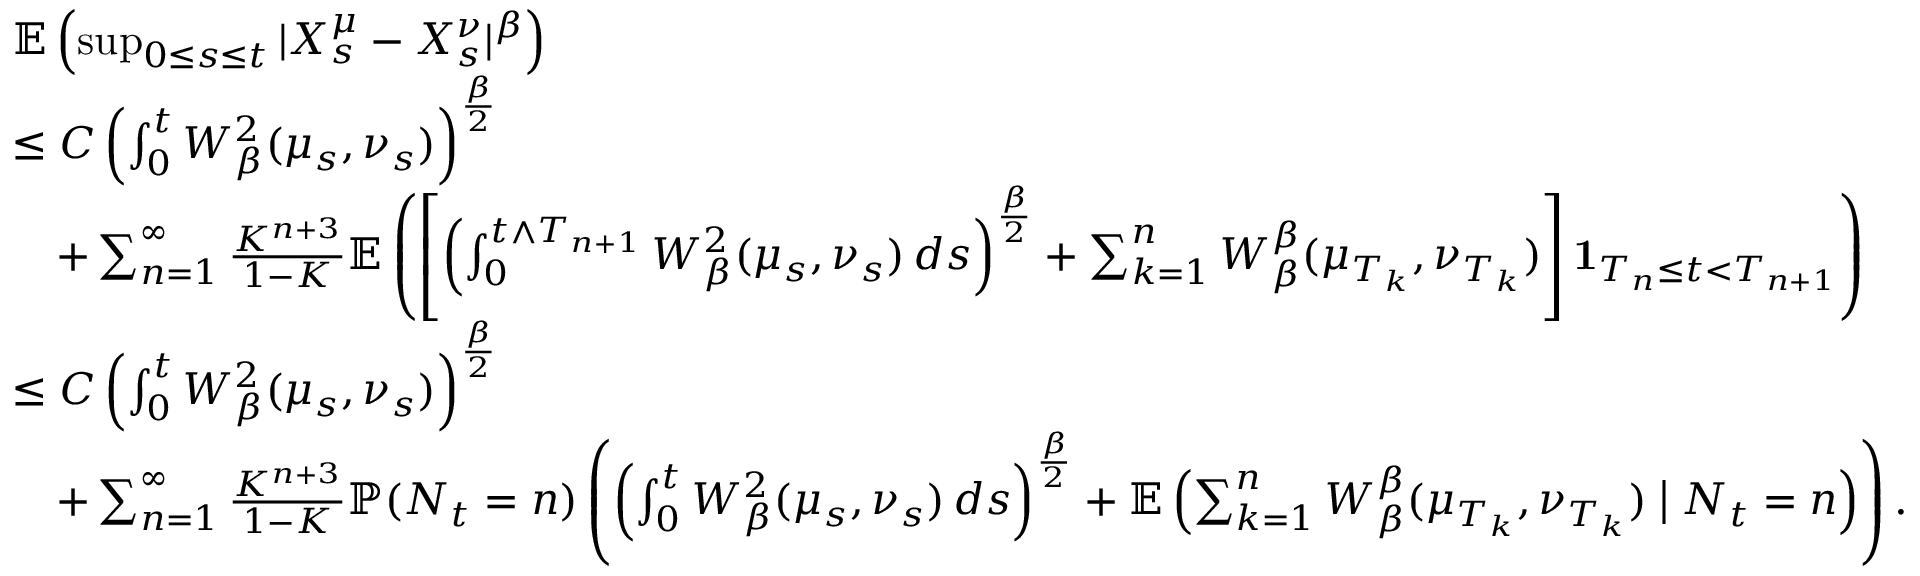
\begin{array} { r l } & { \mathbb { E } \left( \operatorname* { s u p } _ { 0 \leq s \leq t } | X _ { s } ^ { \mu } - X _ { s } ^ { \nu } | ^ { \beta } \right) } \\ & { \leq C \left( \int _ { 0 } ^ { t } W _ { \beta } ^ { 2 } ( \mu _ { s } , \nu _ { s } ) \right) ^ { \frac { \beta } { 2 } } } \\ & { \quad + \sum _ { n = 1 } ^ { \infty } \frac { K ^ { n + 3 } } { 1 - K } \mathbb { E } \left( \left[ \left( \int _ { 0 } ^ { t \wedge T _ { n + 1 } } W _ { \beta } ^ { 2 } ( \mu _ { s } , \nu _ { s } ) \, d s \right) ^ { \frac { \beta } { 2 } } + \sum _ { k = 1 } ^ { n } W _ { \beta } ^ { \beta } ( \mu _ { T _ { k } } , \nu _ { T _ { k } } ) \right] \mathbf { 1 } _ { T _ { n } \leq t < T _ { n + 1 } } \right) } \\ & { \leq C \left( \int _ { 0 } ^ { t } W _ { \beta } ^ { 2 } ( \mu _ { s } , \nu _ { s } ) \right) ^ { \frac { \beta } { 2 } } } \\ & { \quad + \sum _ { n = 1 } ^ { \infty } \frac { K ^ { n + 3 } } { 1 - K } \mathbb { P } ( N _ { t } = n ) \left( \left( \int _ { 0 } ^ { t } W _ { \beta } ^ { 2 } ( \mu _ { s } , \nu _ { s } ) \, d s \right) ^ { \frac { \beta } { 2 } } + \mathbb { E } \left( \sum _ { k = 1 } ^ { n } W _ { \beta } ^ { \beta } ( \mu _ { T _ { k } } , \nu _ { T _ { k } } ) \bigm | N _ { t } = n \right) \right) . } \end{array}